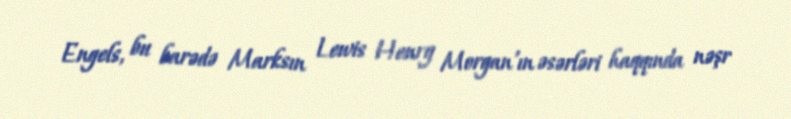
Engels, bu barədə Marksın Lewis Henry Morgan'ın əsərləri haqqında nəşr